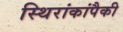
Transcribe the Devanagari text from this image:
स्थिरांकांपैकी